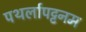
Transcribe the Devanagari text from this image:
पथर्लापट्टनम